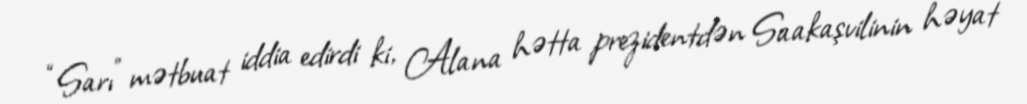
“Sarı” mətbuat iddia edirdi ki, Alana hətta prezidentdən Saakaşvilinin həyat